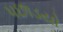
પછાડયો